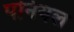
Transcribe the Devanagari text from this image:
पनियल